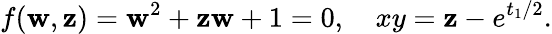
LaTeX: f(\mathbf{w},\mathbf{z})=\mathbf{w}^{2}+\mathbf{z}\mathbf{w}+1=0,~~~~xy=\mathbf{z}-e^{t_{1}/2}.